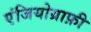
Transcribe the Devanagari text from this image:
एंजियोग्राफ़ी